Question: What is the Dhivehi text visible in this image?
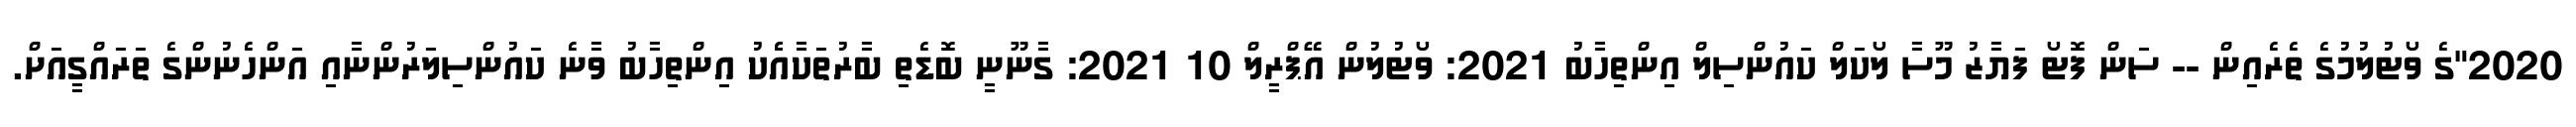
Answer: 2020"ގެ ވޯޓުލުމުގެ ތެރެއިން -- ސަން ފޮޓޯ ފަޔާޒު މޫސާ ލޯކަލް ކައުންސިލް އިންތިހާބު 2021: ވޯޓުލުން އޭޕްރީލް 10 2021: ގާނޫނީ ބޮޑެތި ބާރުތަކާއެެކު އިންތިހާބު ވާނެ ކައުންސިލަރުންނާއި އަންހެނުންގެ ތަރައްގީއަށް.